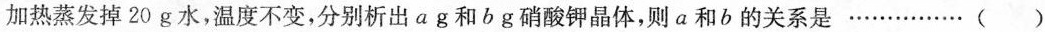
加热蒸发掉20g水，温度不变，分别析出ag和bg硝酸钾晶体，则a和b的关系是…… ()